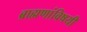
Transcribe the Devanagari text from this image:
ब्राह्मणांविषयी